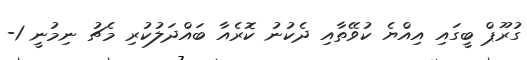
ގުރޫޕް ބީގައި އިއްޔެ ކުވޭތާއި ދެކުނު ކޮރެއާ ބައްދަލުކުރި މެޗު ނިމުނީ 1-